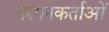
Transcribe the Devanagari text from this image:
परगनकर्ताओं